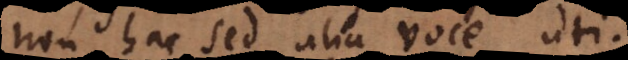
non hac sed alia voce uti.